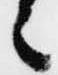
之